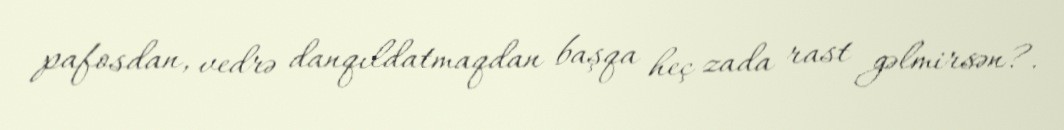
pafosdan, vedrə danqıldatmaqdan başqa heç zada rast gəlmirsən?.